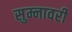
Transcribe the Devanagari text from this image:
सुम्नावरी